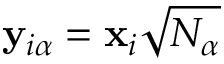
\mathbf { y } _ { i \alpha } = \mathbf { x } _ { i } \sqrt { N _ { \alpha } }